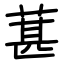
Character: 葚